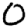
Digit: 0